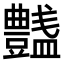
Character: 𧰞